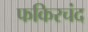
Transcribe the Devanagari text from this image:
फकिरचंद